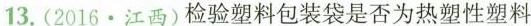
13.(2016·江西)检验塑料包装袋是否为热塑性塑料